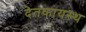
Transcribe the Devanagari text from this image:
देतकायस्थ